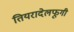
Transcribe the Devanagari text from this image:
तियरादेलफूगी